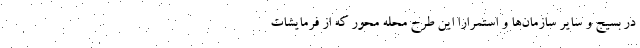
در بسیج و سایر سازمان‌ها و استمرارا این طرح محله محور که از فرمایشات